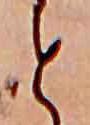
と